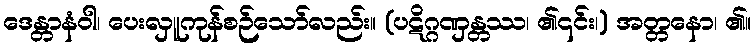
ဒေန္တာနံဝါ၊ ပေးလှူကုန်စဉ်သော်လည်း။ (ပဋိဂ္ဂဏှန္တဿ၊ ၏၎င်း၊) အတ္တနော၊ ၏။